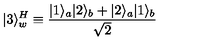
| 3 \rangle _ { w } ^ { H } \equiv { \frac { | 1 \rangle _ { a } | 2 \rangle _ { b } + | 2 \rangle _ { a } | 1 \rangle _ { b } } { \sqrt { 2 } } }